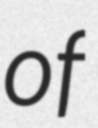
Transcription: of